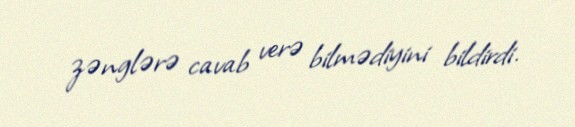
zənglərə cavab verə bilmədiyini bildirdi.